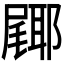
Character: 𮠎